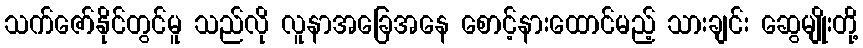
သက်ဇော်နိုင်တွင်မူ သည်လို လူနာအခြေအနေ စောင့်နားထောင်မည့် သားချင်း ဆွေမျိုးတို့